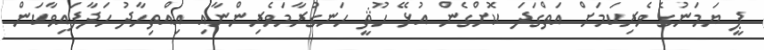
ޕީ ޔަމަނުގެ ވެރިކަމަށް އަތްގަދަ ކޮށްގެން އުޅޭ ހޫޘީ ހަނގުރާމަވެރިންނާއި އިއްތިހާދު ހަދާފައިވާކަން